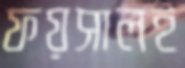
ফয়সালই